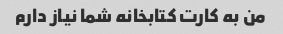
من به کارت کتابخانه شما نیاز دارم